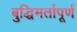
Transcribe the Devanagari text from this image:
बुद्धिमर्तापूर्ण